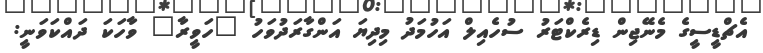
އެޗްޑީސީގެ މެނޭޖިން ޑިރެކްޓަރު ސުހެއިލް އަހުމަދު މިދިޔަ އަންގާރަދުވަހު "ހަވީރާ" ވާހަކަ ދައްކަވަނީ: